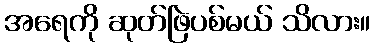
အရေကို ဆုတ်ဖြဲပစ်မယ် သိလား။